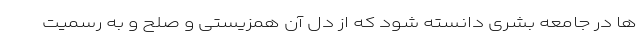
ها در جامعه بشری دانسته شود که از دل آن همزیستی و صلح و به رسمیت